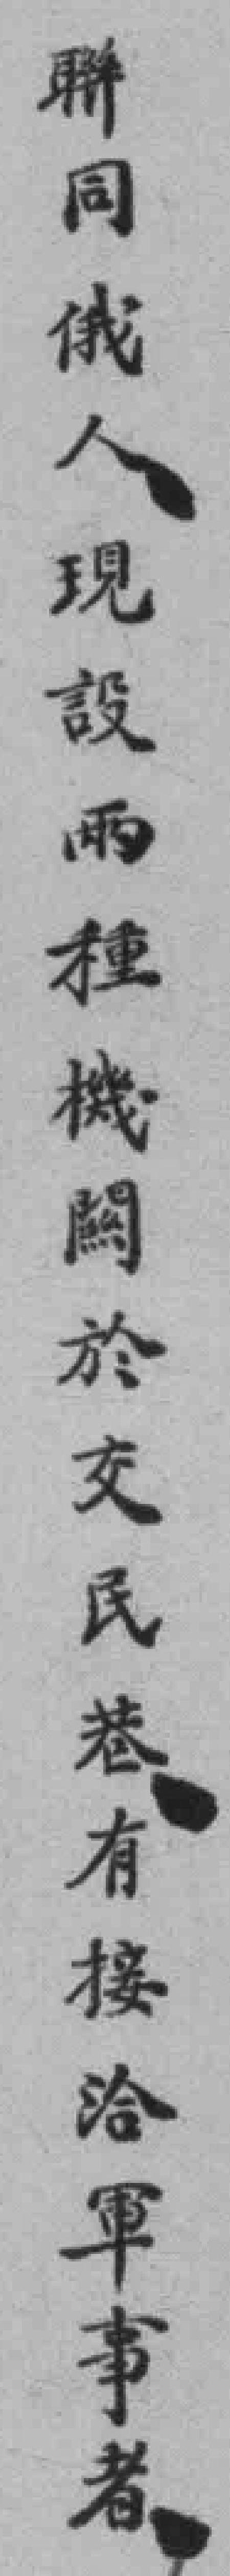
聯同俄人現設兩種機闗於交民巷有接洽軍事者